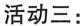
活动三：